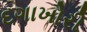
દગાખોરી